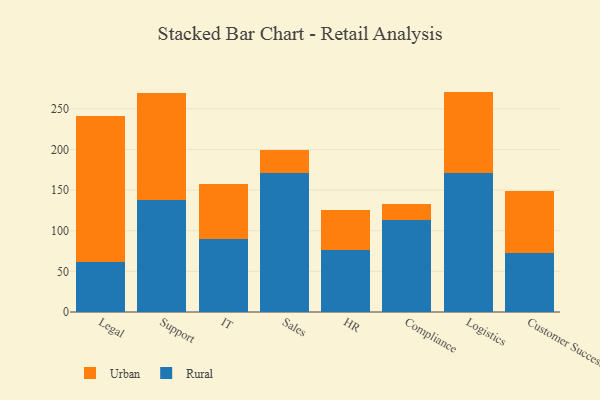
{"axis": {"x": "Department", "y": "Market Share (%)"}, "legend": ["Rural", "Urban"], "data": [{"x": "Legal", "y": 62.0, "type": "Rural"}, {"x": "Legal", "y": 179.2, "type": "Urban"}, {"x": "Support", "y": 137.5, "type": "Rural"}, {"x": "Support", "y": 131.8, "type": "Urban"}, {"x": "IT", "y": 89.5, "type": "Rural"}, {"x": "IT", "y": 68.1, "type": "Urban"}, {"x": "Sales", "y": 171.5, "type": "Rural"}, {"x": "Sales", "y": 28.2, "type": "Urban"}, {"x": "HR", "y": 76.2, "type": "Rural"}, {"x": "HR", "y": 49.0, "type": "Urban"}, {"x": "Compliance", "y": 112.9, "type": "Rural"}, {"x": "Compliance", "y": 20.2, "type": "Urban"}, {"x": "Logistics", "y": 170.9, "type": "Rural"}, {"x": "Logistics", "y": 100.3, "type": "Urban"}, {"x": "Customer Success", "y": 73.0, "type": "Rural"}, {"x": "Customer Success", "y": 75.7, "type": "Urban"}]}